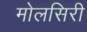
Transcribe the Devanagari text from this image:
मोलसिरी